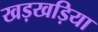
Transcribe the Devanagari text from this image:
खड़खड़िया